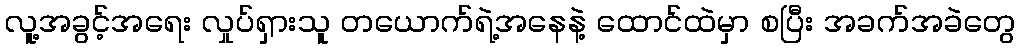
လူ့အခွင့်အရေး လှုပ်ရှားသူ တယောက်ရဲ့အနေနဲ့ ထောင်ထဲမှာ စပြီး အခက်အခဲတွေ